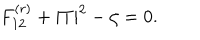
F _ { 1 2 } ^ { ( r ) } + | T | ^ { 2 } - \zeta = 0 .